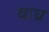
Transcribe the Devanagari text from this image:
वाघ्र